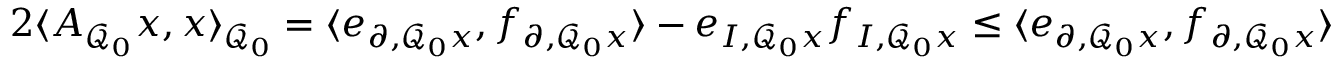
\begin{array} { r } { 2 \langle A _ { \mathcal { Q } _ { 0 } } x , x \rangle _ { \mathcal { Q } _ { 0 } } = \langle e _ { \partial , \mathcal { Q } _ { 0 } x } , f _ { \partial , \mathcal { Q } _ { 0 } x } \rangle - e _ { I , \mathcal { Q } _ { 0 } x } f _ { I , \mathcal { Q } _ { 0 } x } \leq \langle e _ { \partial , \mathcal { Q } _ { 0 } x } , f _ { \partial , \mathcal { Q } _ { 0 } x } \rangle } \end{array}